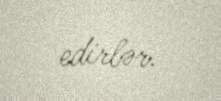
edirlər.